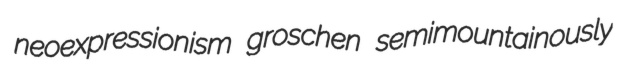
neoexpressionism groschen semimountainously